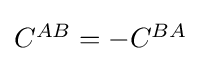
{\textstyle C^{AB}=-C^{BA}}